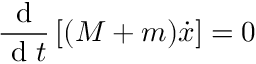
\frac { \textrm { d } } { \textrm { d } t } \left[ ( M + m ) \dot { x } \right] = 0